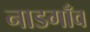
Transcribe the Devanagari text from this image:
नाडगाँव